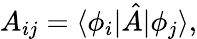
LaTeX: A_{ij}=\langle\phi_{i}|{\hat{A}}|\phi_{j}\rangle,